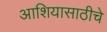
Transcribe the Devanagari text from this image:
आशियासाठीचे